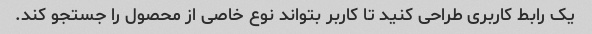
یک رابط کاربری طراحی کنید تا کاربر بتواند نوع خاصی از محصول را جستجو کند.